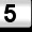
Digit: 5